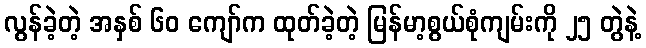
လွန်ခဲ့တဲ့ အနှစ် ၆၀ ကျော်က ထုတ်ခဲ့တဲ့ မြန်မာ့စွယ်စုံကျမ်းကို ၂၅ တွဲနဲ့